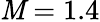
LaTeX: \mathit{M}=1.4